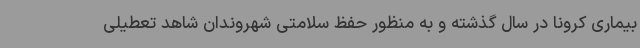
بیماری کرونا در سال گذشته و به منظور حفظ سلامتی شهروندان شاهد تعطیلی